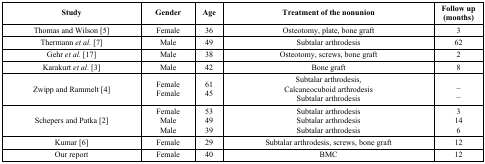
| Study | Gender | Age | Treatment of the nonunion | Follow up(months) |
 | --- | --- | --- | --- | --- |
 | Thomas and Wilson [5] | Female | 36 | Osteotomy, plate, bone graft | 3 |
 | Thermann et al. [7] | Male | 49 | Subtalar arthrodesis | 62 |
 | Gehr et al. [17] | Male | 38 | Osteotomy, screws, bone graft | 2 |
 | Karakurt et al. [3] | Male | 42 | Bone graft | 8 |
 | Zwipp and Rammelt [4] | FemaleFemale | 6145 | Subtalar arthrodesis,Calcaneocuboid arthrodesisSubtalar arthrodesis | __ |
 | Schepers and Patka [2] | FemaleMaleMale | 534939 | Subtalar arthrodesisSubtalar arthrodesisSubtalar arthrodesis | 3146 |
 | Kumar [6] | Female | 29 | Subtalar arthrodesis, screws, bone graft | 12 |
 | Our report | Female | 40 | BMC | 12 |